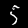
Label: 5